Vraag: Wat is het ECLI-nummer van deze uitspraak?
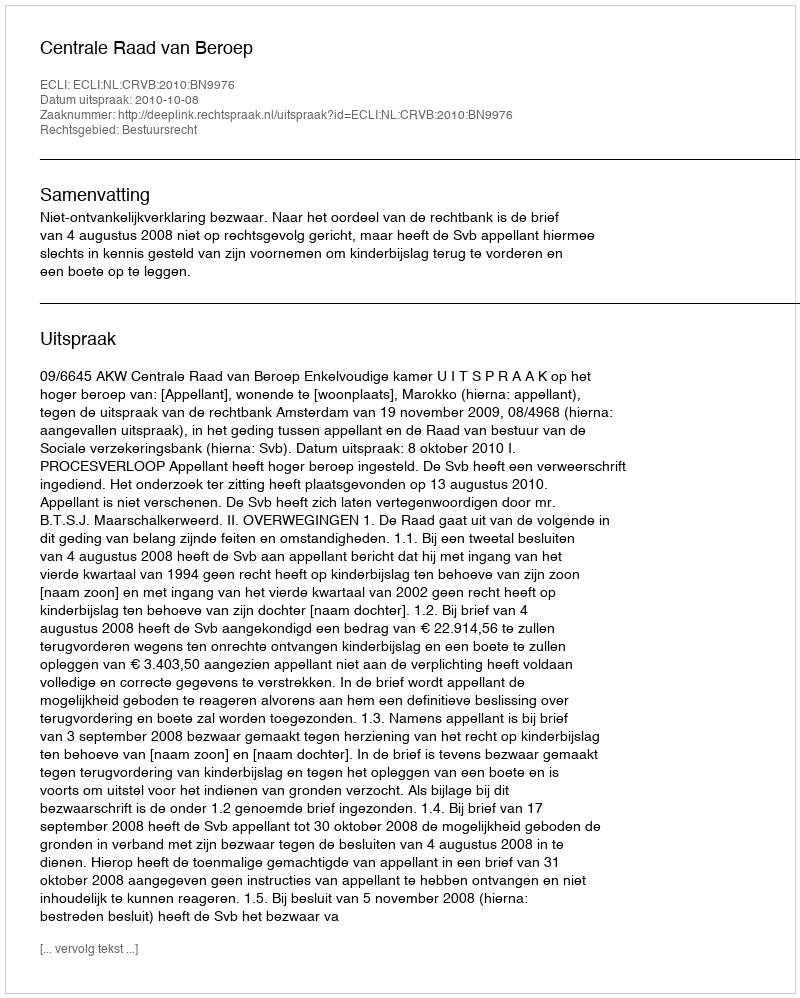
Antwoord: ECLI:NL:CRVB:2010:BN9976